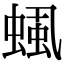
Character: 𧌡